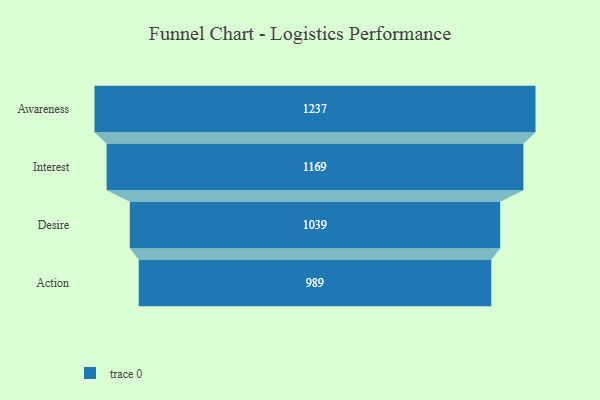
{"axis": {"x": "Stage", "y": "Value"}, "legend": [""], "data": [{"x": "Awareness", "y": 1237.0, "type": ""}, {"x": "Interest", "y": 1169.0, "type": ""}, {"x": "Desire", "y": 1039.0, "type": ""}, {"x": "Action", "y": 989.0, "type": ""}]}